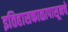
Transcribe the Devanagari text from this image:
इतिहासकाळापासूनचे